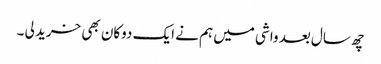
چھ سال بعد واشی میں ہم نے ایک دوکان بھی خرید لی ۔